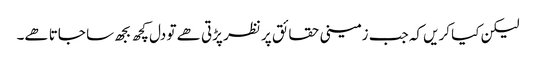
لیکن کیا کریں کہ جب زمینی حقائق پر نظر پڑتی ھے تو دل کچھ بجھ سا جاتا ھے۔